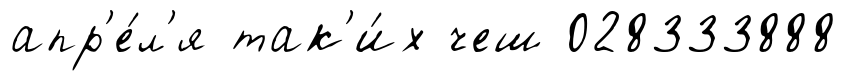
апр'е́л'я так'и́х чеш 028333888